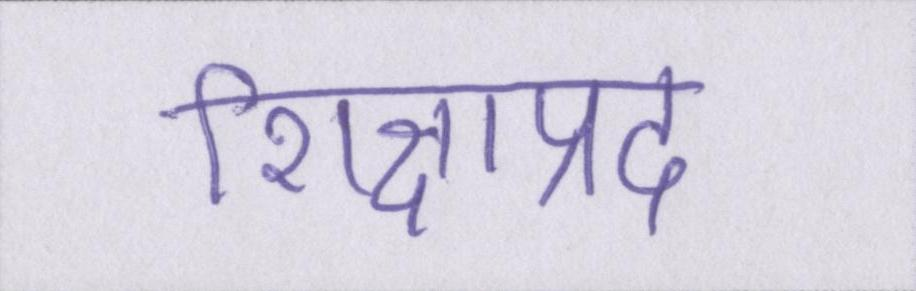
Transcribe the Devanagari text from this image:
शिक्षाप्रद